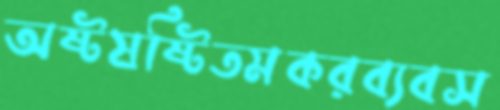
অষ্টষষ্টিতমকরব্যবস